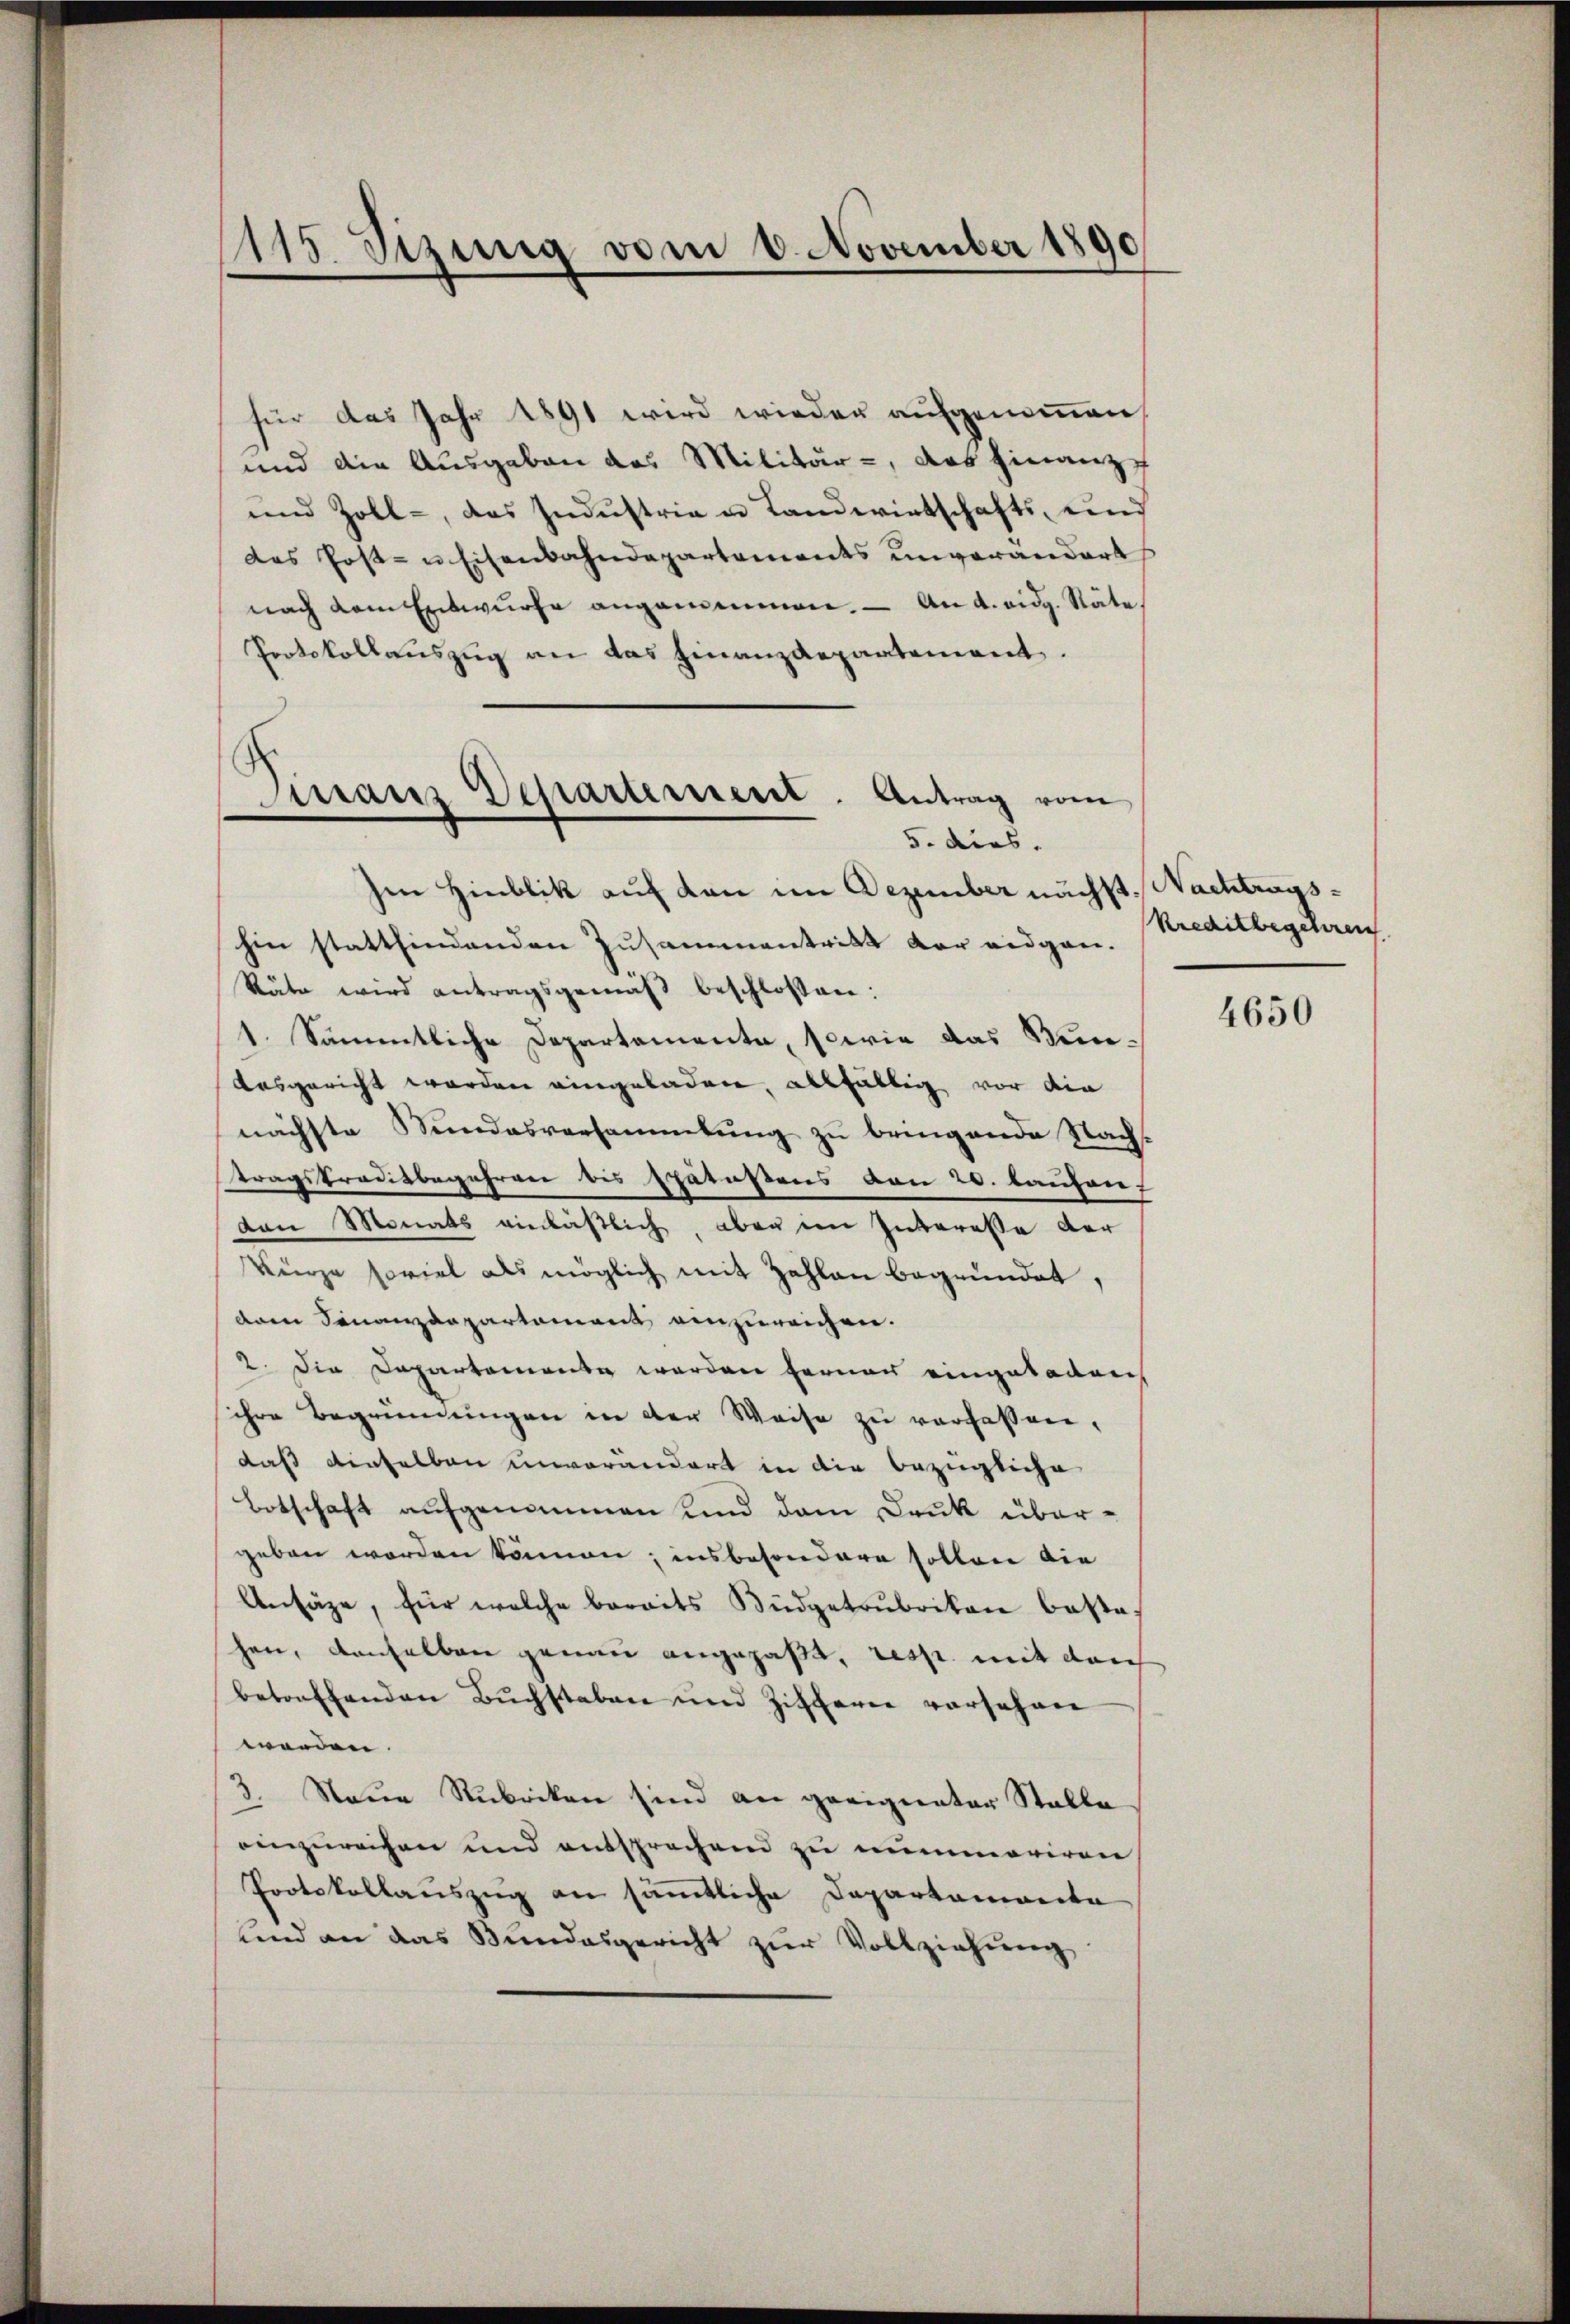
115. Sizung vom 8. November 1890

für das Jahr 1891 wird wieder aufgenommen,
und die Ausgaben des Militär-, das Finanze
und Zoll-, das Indŭstria u Landwirtschafts- und
das Post- u Eisenbahndepartements unverändert
nach dem Entwurfe angemeinen. — An a. eidg. Stäte
Protokollaŭszŭg an das Finanzdepartement.
5. dies.
sen Hinblik auf den im Dezember nächst. Nachtragshin stattfindenden Zusammentritt der eidgen.
Säte wird antragsgemäß beschlossen:
1. Sämmtliche Departemente, sowie das Bunausgericht worden eingeladen, allfältig vor die
nächste Stundesversammlung zu bringende Nachstragstraditbegehren bis spätußens von 20. Lauherr
den Monats einläßlich, aber im Interesse der
Kürze soviel als möglich mit Zahlen begründet,
dam Finanzdepartament einzureichen.
2. Die Departemente werden ferner eingetadelh
ihre Begründungen in der Weise zu verfassen,
daß denselben unverändert in die bezügliche
Botschaft aufgenommen und dem Dank übergeben worden können; insbesondere sollen die
Ansäge, für welche bereits Büdgetrubrikon besta-
hen, denselben genau angefaßt, resp. mit durch
betreffenden Bŭchstaben und Ziffern versehen
worden.
3. Neue Rubriken sind an geeigneter Stalle
einzureichen und entsprechend zu nummariren
Protokollauszug an sämmtliche Departamierte
und an das Bundesgericht zŭr Vollziehŭng

Finanz Departement. Antrag vom

Kreditbegehren

4650